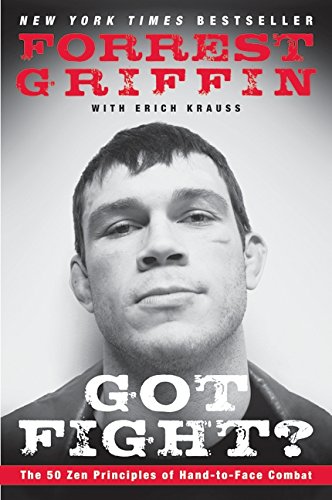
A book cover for Got Fight?: The 50 Zen Principles of Hand-to-Face Combat; Forrest Griffin; Sports & Outdoors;